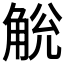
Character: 𧣥